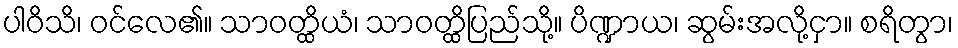
ပါဝိသိ၊ ဝင်လေ၏။ သာဝတ္ထိယံ၊ သာဝတ္ထိပြည်သို့။ ပိဏ္ဍာယ၊ ဆွမ်းအလို့ငှာ။ စရိတွာ၊